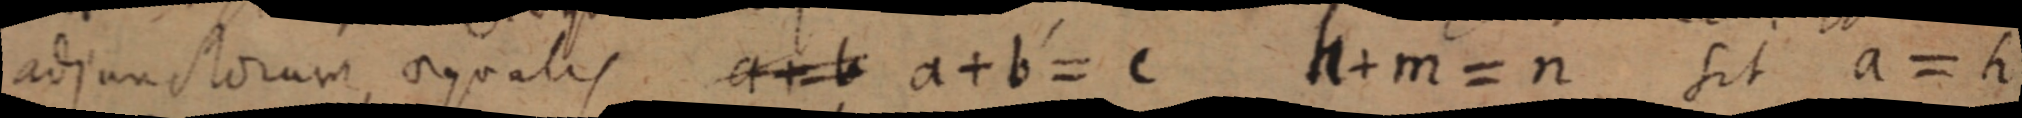
adjunctorum aequalis a + b a + b = c h + m = n sit a = h